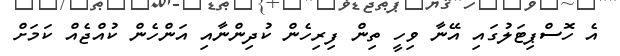
އެ ހޮސްޕިޓަލުގައި އޭނާ ވިހީ ތިން ފިރިހެން ކުދިންނާއި އަންހެން ކުއްޖެއް ކަމަށް